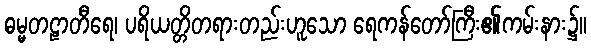
ဓမ္မတဠာတီရေ၊ ပရိယတ္တိတရားတည်းဟူသော ရေကန်တော်ကြီး၏ကမ်းနား၌။